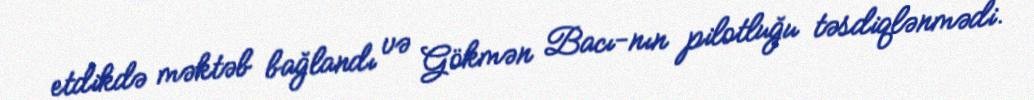
etdikdə məktəb bağlandı və Gökmən Bacı-nın pilotluğu təsdiqlənmədi.